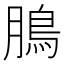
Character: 𩿊